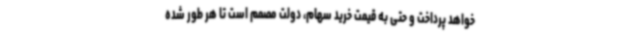
خواهد پرداخت و حتی به قیمت خرید سهام، دولت مصمم است تا هر طور شده